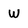
Character: W